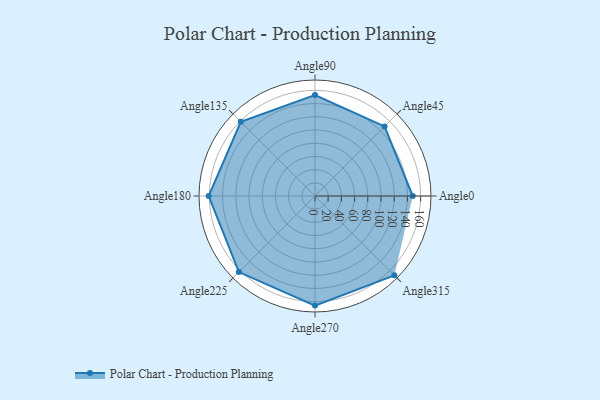
{"axis": {"x": "Angle", "y": "Radius"}, "legend": [""], "data": [{"x": "Angle0", "y": 148.0, "type": ""}, {"x": "Angle45", "y": 149.0, "type": ""}, {"x": "Angle90", "y": 153.0, "type": ""}, {"x": "Angle135", "y": 159.0, "type": ""}, {"x": "Angle180", "y": 161.0, "type": ""}, {"x": "Angle225", "y": 163.0, "type": ""}, {"x": "Angle270", "y": 166.0, "type": ""}, {"x": "Angle315", "y": 170.0, "type": ""}]}